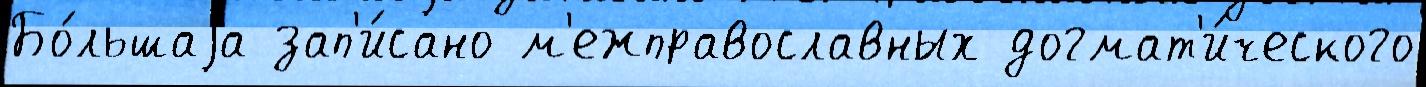
Бо́льшаjа зап'и́сано м'ежправославных догмат'и́ческого